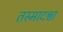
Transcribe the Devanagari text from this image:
तस्मादश्वा